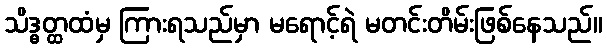
သိဒ္ဓတ္ထထံမှ ကြားရသည်မှာ မရောင့်ရဲ မတင်းတိမ်းဖြစ်နေသည်။